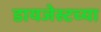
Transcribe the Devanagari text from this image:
डायजेस्टच्या